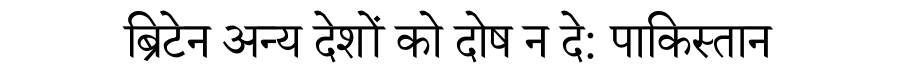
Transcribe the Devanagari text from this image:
ब्रिटेन अन्य देशों को दोष न दे: पाकिस्तान